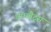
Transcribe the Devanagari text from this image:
वॉमबैट्स